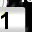
Digit: 1